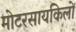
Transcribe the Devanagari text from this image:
मोटरसायकिलों